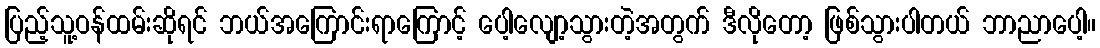
ပြည့်သူ့ဝန်ထမ်းဆိုရင် ဘယ်အကြောင်းရာကြောင့် ပေါ့လျော့သွားတဲ့အတွက် ဒီလိုတော့ ဖြစ်သွားပါတယ် ဘာညာပေါ့။